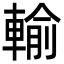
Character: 輸